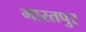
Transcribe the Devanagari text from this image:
भारतपुर